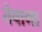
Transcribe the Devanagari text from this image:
तेबागा